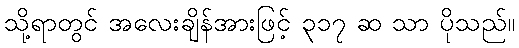
သို့ရာတွင် အလေးချိန်အားဖြင့် ၃၁၇ ဆ သာ ပိုသည်။